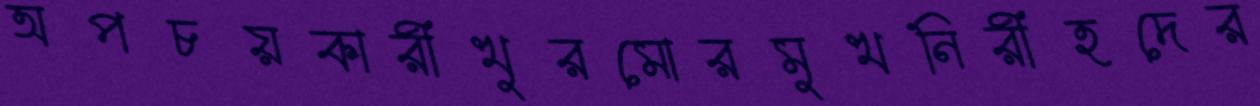
অপচয়কারীখুরমোরমুখনিরীহদের